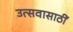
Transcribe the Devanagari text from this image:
उत्सवासाठीं